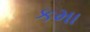
કમા